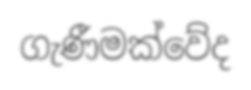
ගැණීමක්වේද